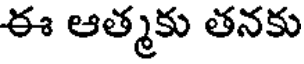
ఈ ఆత్మకు తనకు